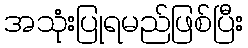
အသုံးပြုရမည်ဖြစ်ပြီး